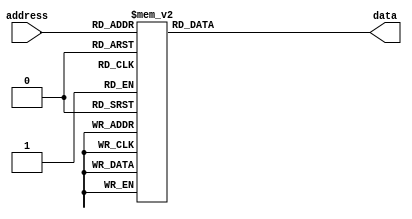
module zigzagOrderROM (
    input [3:0] address,
    output reg [3:0] data
);

    always @* begin
        case(address)
            4'h0: data = 4'h0;
            4'h1: data = 4'h1;
            4'h2: data = 4'h4;
            4'h3: data = 4'h8;
            4'h4: data = 4'h5;
            4'h5: data = 4'h2;
            4'h6: data = 4'h3;
            4'h7: data = 4'h6;
            4'h8: data = 4'h9;
            4'h9: data = 4'hC;
            4'ha: data = 4'hD;
            4'hb: data = 4'hA;
            4'hc: data = 4'h7;
            4'hd: data = 4'hB;
            4'he: data = 4'hE;
            4'hf: data = 4'hF;
            default: data = 4'h0000;
        endcase
    end
endmodule